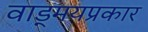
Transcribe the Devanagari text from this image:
वाड्मयप्रकार